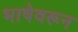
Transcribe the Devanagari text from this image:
भाषेवरून